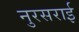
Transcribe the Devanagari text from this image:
नुरसराई